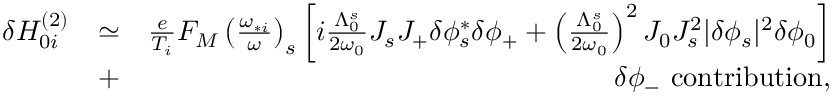
\begin{array} { r l r } { \delta H _ { 0 i } ^ { ( 2 ) } } & { \simeq } & { \frac { e } { T _ { i } } F _ { M } \left( \frac { \omega _ { * i } } { \omega } \right) _ { s } \left[ i \frac { \Lambda _ { 0 } ^ { s } } { 2 \omega _ { 0 } } J _ { s } J _ { + } \delta \phi _ { s } ^ { * } \delta \phi _ { + } + \left( \frac { \Lambda _ { 0 } ^ { s } } { 2 \omega _ { 0 } } \right) ^ { 2 } J _ { 0 } J _ { s } ^ { 2 } \lvert \delta \phi _ { s } \rvert ^ { 2 } \delta \phi _ { 0 } \right] } \\ & { + } & { \delta \phi _ { - } \ \mathrm { c o n t r i b u t i o n } , } \end{array}